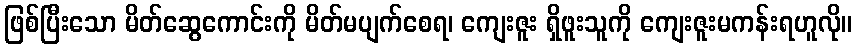
ဖြစ်ပြီးသော မိတ်ဆွေကောင်းကို မိတ်မပျက်စေရ၊ ကျေးဇူး ရှိဖူးသူကို ကျေးဇူးမကန်းရဟူလို။